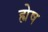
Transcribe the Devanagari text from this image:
ह्येष